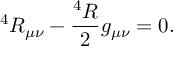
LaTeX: ^ 4 { \cal R } _ { \mu \nu } - \frac { ^ 4 { \cal R } } { 2 } g _ { \mu \nu } = 0 .